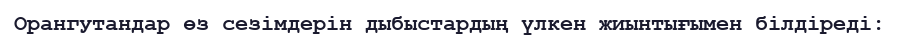
Орангутандар өз сезімдерін дыбыстардың үлкен жиынтығымен білдіреді: